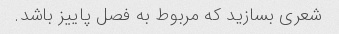
شعری بسازید که مربوط به فصل پاییز باشد.